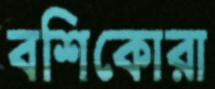
বশিকোরা